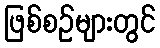
ဖြစ်စဉ်များတွင်